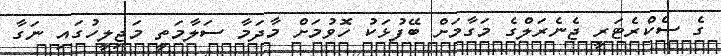
ގެ ސެކްރެޓަރީ ޖެނެރަލްގެ މަގާމަށް ބޭފުޅަކު ހޮވުމަށް މާދަމާ ސަލާމަތީ މަޖިލީހުގައި ނަގާ